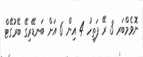
ނޮވެމްބަރ 3 ރޭ ފަތިހު 4 އިން 6 އަށް ބަނޑޭރިގޭ ބޭރުގޭޓް